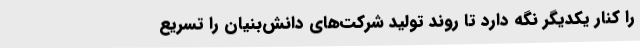
را کنار یکدیگر نگه‌ دارد تا روند تولید شرکت‌های دانش‌بنیان را تسریع